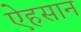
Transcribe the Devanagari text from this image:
ऐहसान